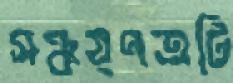
সঞ্চয়পত্রটি